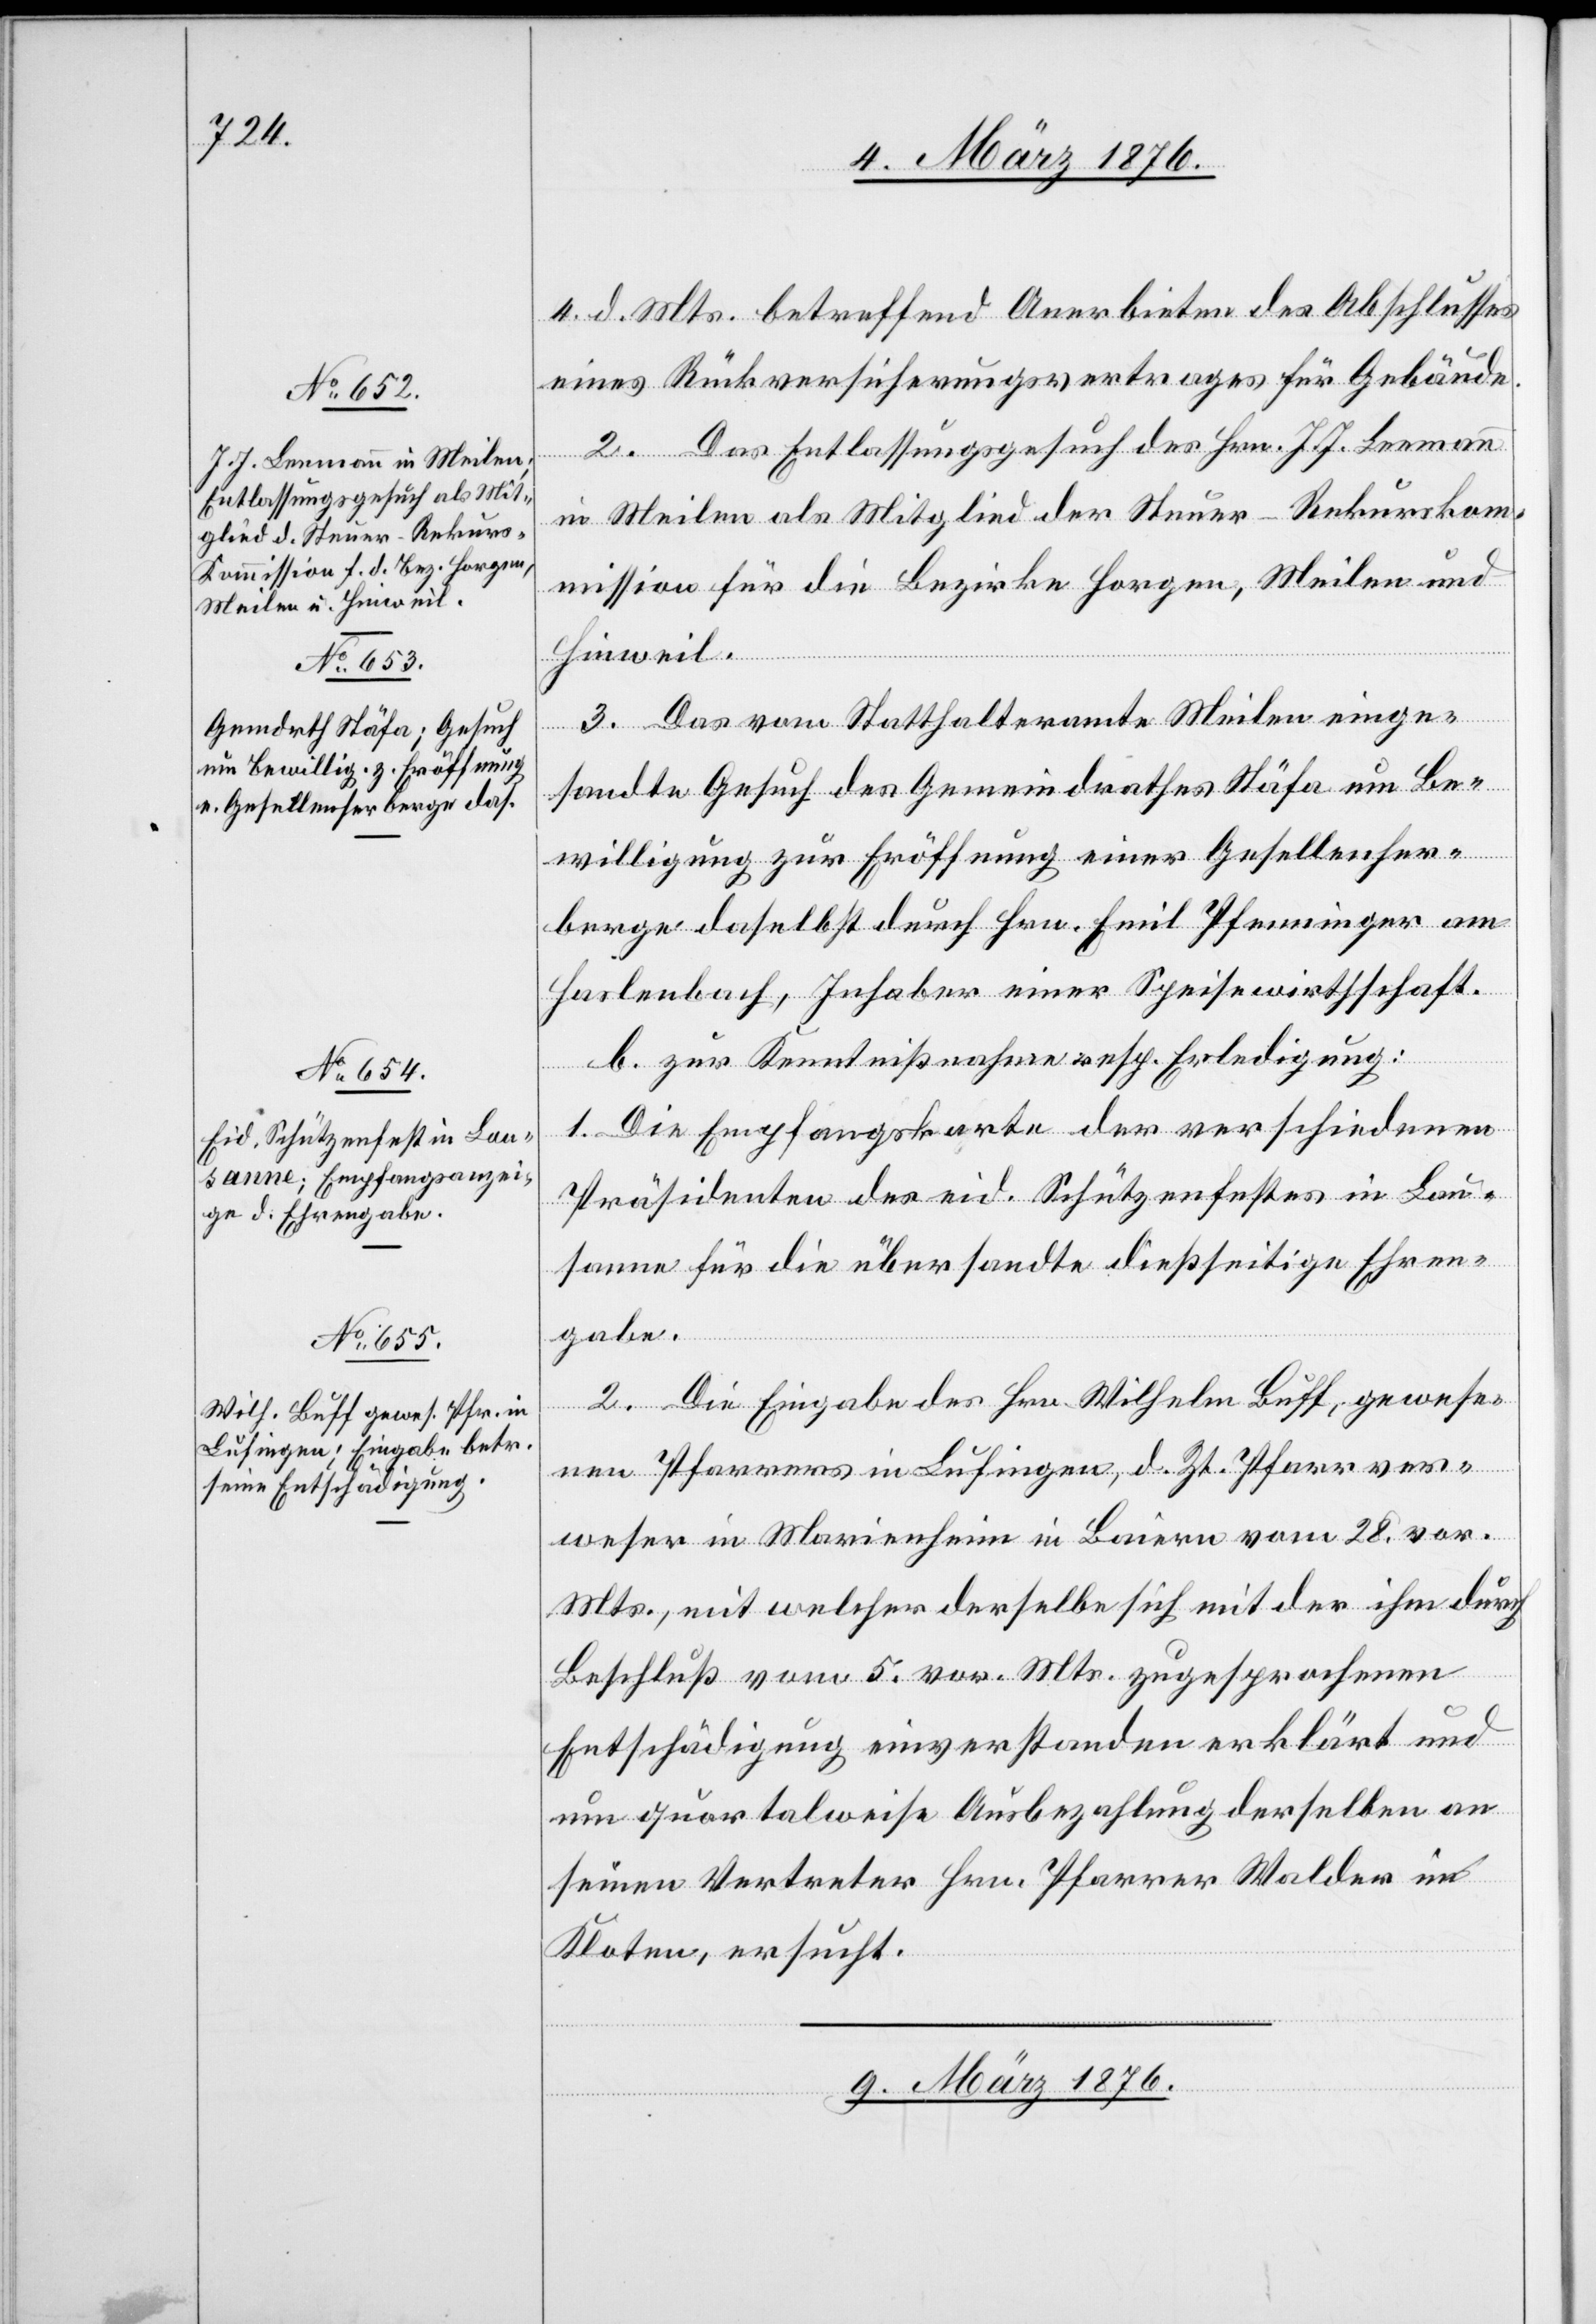
8. März 1876.]
4. d. Mts. betreffend Anerbieten des Abschlusses
eines Rückversicherungsvertrages für Gebäude.
2. Das Entlassungsgesuch des Hrn. J. J. Leemann
in Meilen als Mitglied der Steuer-Rekursko¬
mmission für die Bezirke Horgen, Meilen und
Hinweil.
3. Das vom Statthalteramte Meilen einge¬
sandte Gesuch des Gemeindrathes Stäfa um Be¬
willigung zur Eröffnung einer Gesellenher¬
berge daselbst durch Hrn. Emil Pfenninger am
Haslenbach, Inhaber einer Speisewirthschaft.
b. zur Kenntnißnahme resp. Erledigung:
1. Die Empfangskarte der verschiedenen
Präsidenten des eid. Schützenfestes in Lau¬
sanne für die übersandte dießseitige Ehren¬
gabe.
2. Die Eingabe des Hrn. Wilhelm Buff, gewese¬
nen Pfarrers in Lufingen, d. Zt. Pfarrver¬
weser in Marienheim in Baiern vom 28. vor.
Mts., mit welcher derselbe sich mit der ihm durch
Beschluß vom 5. vor. Mts. zugesprochenen
Entschädigung einverstanden erklärt und
um quartalweise Ausbezahlung derselben an
seinen Vertreter Hrn. Pfarrer Walder in
Kloten, ersucht.
9. März 1876.